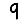
Digit: 9